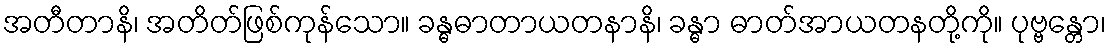
အတီတာနိ၊ အတိတ်ဖြစ်ကုန်သော။ ခန္ဓဓာတာယတနာနိ၊ ခန္ဓာ ဓာတ်အာယတနတို့ကို။ ပုဗ္ဗန္တော၊